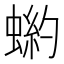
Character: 𧎒